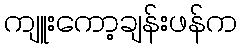
ကျူးကော့ချန်းဖန်က